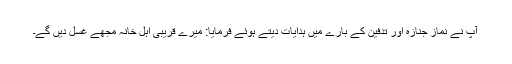
آپ نے نماز جنازہ اور تدفین کے بارے میں ہدایات دیتے ہوئے فرمایا: میرے قریبی اہل خانہ مجھے غسل دیں گے۔